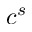
c ^ { s }